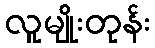
လူမျိုးတုန်း